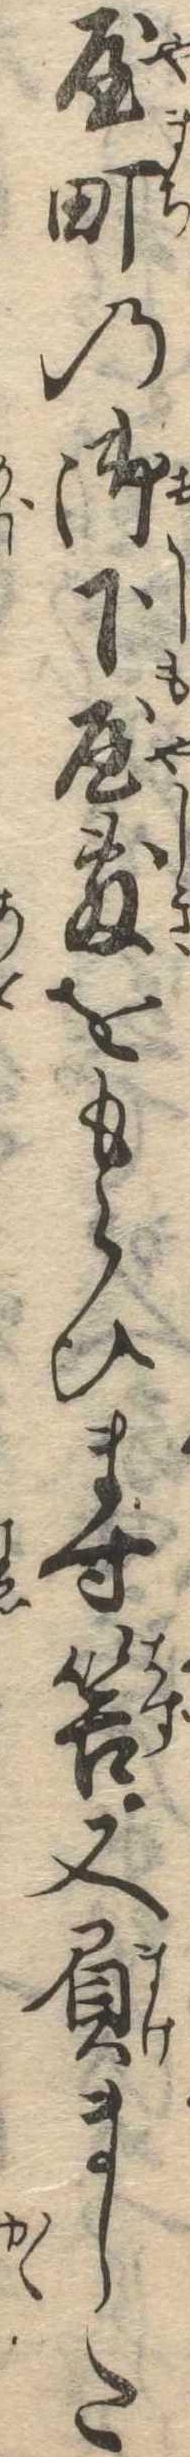
屋町の御下屋敷をもらひます筈又負ました